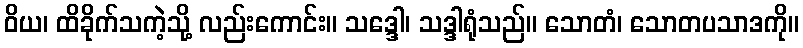
ဝိယ၊ ထိခိုက်သကဲ့သို့ လည်းကောင်း။ သဒ္ဒေါ၊ သဒ္ဒါရုံသည်။ သောတံ၊ သောတပသာဒကို။